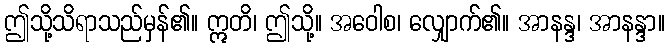
ဤသို့သိရာသည်မှန်၏။ ဣတိ၊ ဤသို့။ အဝေါစ၊ လျှောက်၏။ အာနန္ဒ၊ အာနန္ဒာ။